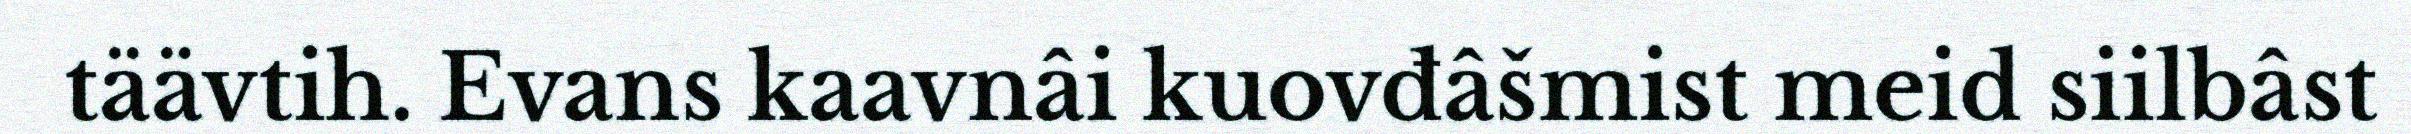
täävtih. Evans kaavnâi kuovđâšmist meid siilbâst